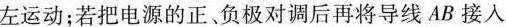
左运动；若把电源的正、负极对调后再将导线AB接入